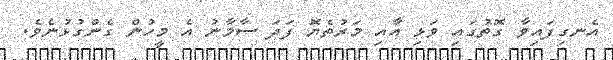
އެނގިފައިވާ ގޮތުގައި ވަޅި އާއި މަރުތެޔޮ ފަދަ ސާމާނު އެ މީހުން ގެންގުޅުނެވެ.